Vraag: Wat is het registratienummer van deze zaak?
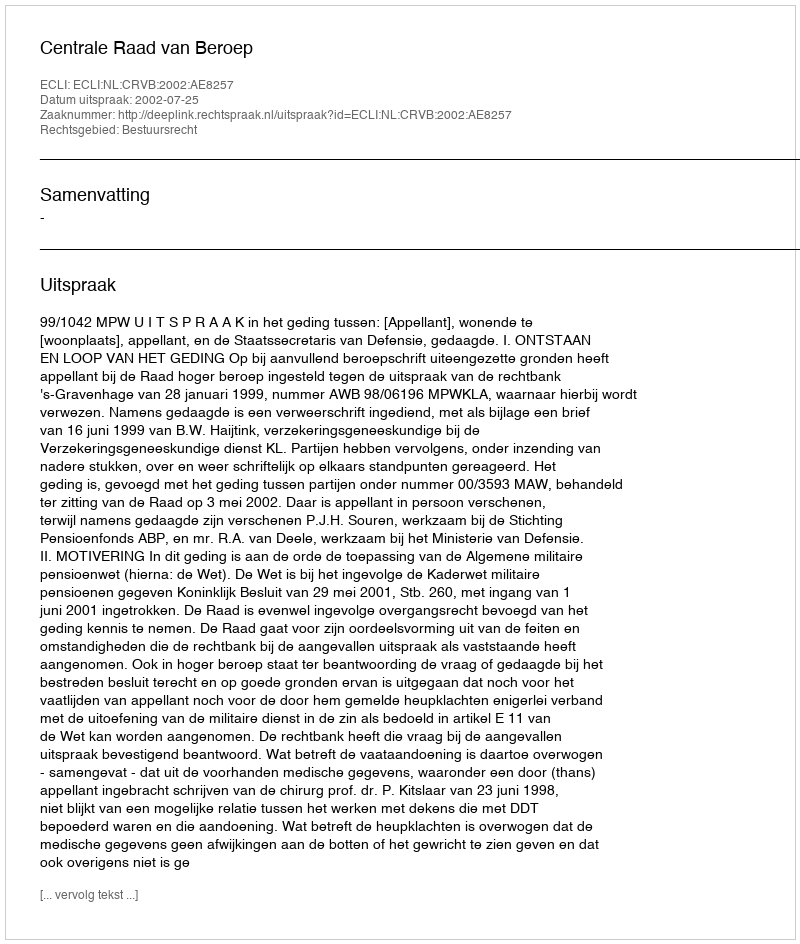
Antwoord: http://deeplink.rechtspraak.nl/uitspraak?id=ECLI:NL:CRVB:2002:AE8257